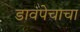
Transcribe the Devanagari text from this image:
डावपेचाचा